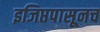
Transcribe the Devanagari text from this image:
इजिप्तपासूनच